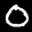
Label: 0